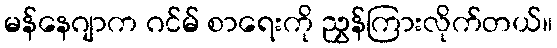
မန်နေဂျာက ဂင်မ် စာရေးကို ညွှန်ကြားလိုက်တယ်။